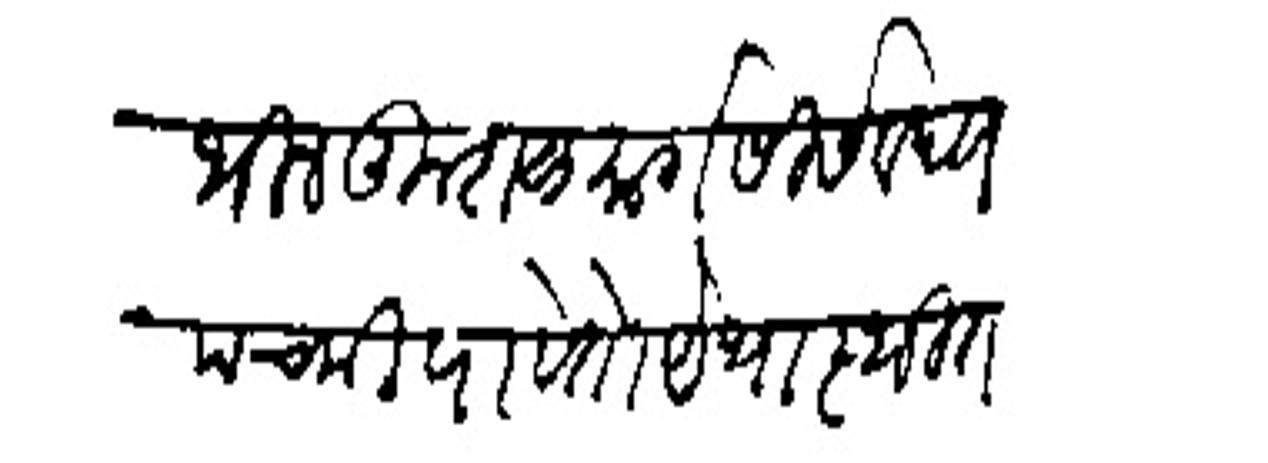
Transliteration (Devanagari): येथील कुशळ मार्गसोस वद्य पंचमीपायेतो येथास्थित